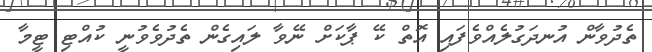
ތެދުވާން އުނދަގުލެއްވެފައި އޮތް ކޭ ޕާކަށް ނޭވާ ލައިގެން ތެދުވެވުނީ ކުއްޓި ޓީމާ